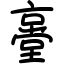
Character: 㙶